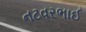
નટવરભાઈ